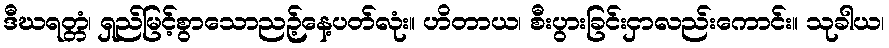
ဒီဃရတ္တံ၊ ရှည်မြင့်စွာသောညဉ့်နေ့ပတ်လုံး။ ဟိတာယ၊ စီးပွားခြင်းငှာလည်းကောင်း။ သုခါယ၊